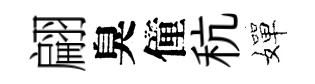
翩臭僮秔嬋